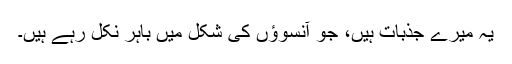
یہ میرے جذبات ہیں، جو آنسوؤں کی شکل میں باہر نکل رہے ہیں۔